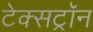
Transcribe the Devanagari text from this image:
टेक्सट्रॉन